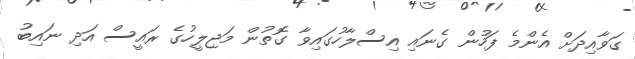
ގަވާއިދަށް އެންމެ ފަހުން ގެނައި އިސްލާހުގައިވާ ގޮތުން މަޖިލީހުގެ ރައީސް އަދި ނައިބު